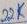
Text: 22K